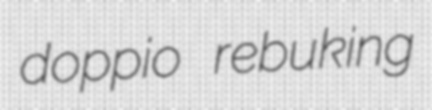
doppio rebuking